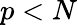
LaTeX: p<N